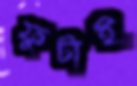
ফুটাই